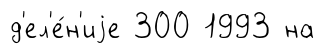
д'ел'е́н'иjе 300 1993 на